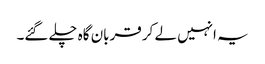
یہ انہیں لے کر قربان گاہ چلے گئے۔